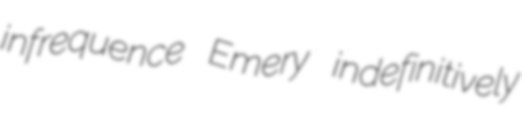
infrequence Emery indefinitively